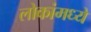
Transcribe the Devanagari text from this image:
लोकांमध्यें